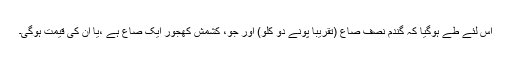
اس لئے طے ہوگیا کہ گندم نصف صاع (تقریباً پونے دو کلو) اور جو، کشمش کھجور ایک صاع ہے ،یا ان کی قیمت ہوگی۔